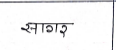
मजकूर: सागर